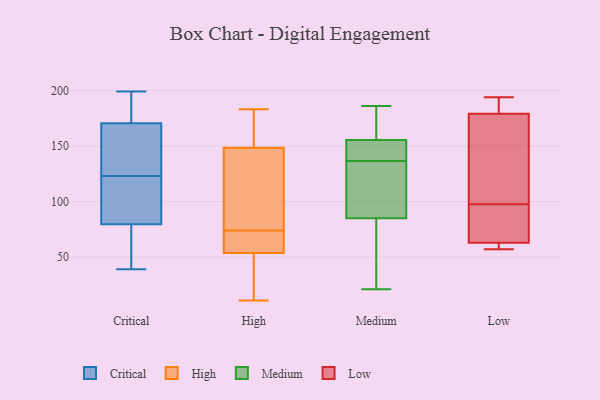
{"axis": {"x": "Churn Rate (%)", "y": "Value"}, "legend": ["Critical", "High", "Low", "Medium"], "data": [{"x": "", "y": 199, "type": "Critical"}, {"x": "", "y": 133, "type": "Critical"}, {"x": "", "y": 39, "type": "Critical"}, {"x": "", "y": 72, "type": "Critical"}, {"x": "", "y": 49, "type": "Critical"}, {"x": "", "y": 151, "type": "Critical"}, {"x": "", "y": 93, "type": "Critical"}, {"x": "", "y": 82, "type": "Critical"}, {"x": "", "y": 104, "type": "Critical"}, {"x": "", "y": 191, "type": "Critical"}, {"x": "", "y": 123, "type": "Critical"}, {"x": "", "y": 169, "type": "Critical"}, {"x": "", "y": 175, "type": "Critical"}, {"x": "", "y": 163, "type": "High"}, {"x": "", "y": 152, "type": "High"}, {"x": "", "y": 119, "type": "High"}, {"x": "", "y": 74, "type": "High"}, {"x": "", "y": 183, "type": "High"}, {"x": "", "y": 46, "type": "High"}, {"x": "", "y": 11, "type": "High"}, {"x": "", "y": 49, "type": "High"}, {"x": "", "y": 71, "type": "High"}, {"x": "", "y": 68, "type": "High"}, {"x": "", "y": 138, "type": "High"}, {"x": "", "y": 162, "type": "Medium"}, {"x": "", "y": 157, "type": "Medium"}, {"x": "", "y": 21, "type": "Medium"}, {"x": "", "y": 154, "type": "Medium"}, {"x": "", "y": 112, "type": "Medium"}, {"x": "", "y": 89, "type": "Medium"}, {"x": "", "y": 134, "type": "Medium"}, {"x": "", "y": 186, "type": "Medium"}, {"x": "", "y": 154, "type": "Medium"}, {"x": "", "y": 139, "type": "Medium"}, {"x": "", "y": 61, "type": "Medium"}, {"x": "", "y": 81, "type": "Medium"}, {"x": "", "y": 94, "type": "Low"}, {"x": "", "y": 179, "type": "Low"}, {"x": "", "y": 98, "type": "Low"}, {"x": "", "y": 97, "type": "Low"}, {"x": "", "y": 57, "type": "Low"}, {"x": "", "y": 57, "type": "Low"}, {"x": "", "y": 63, "type": "Low"}, {"x": "", "y": 165, "type": "Low"}, {"x": "", "y": 194, "type": "Low"}, {"x": "", "y": 185, "type": "Low"}]}